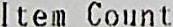
ITEM COUNT